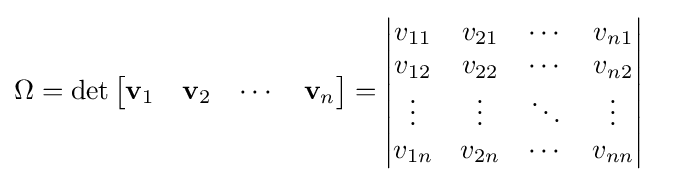
{\begin{aligned}\Omega &=\det {\begin{bmatrix}\mathbf {v} _{1}&\mathbf {v} _{2}&\cdots &\mathbf {v} _{n}\end{bmatrix}}={\begin{vmatrix}v_{11}&v_{21}&\cdots &v_{n1}\\v_{12}&v_{22}&\cdots &v_{n2}\\\vdots &\vdots &\ddots &\vdots \\v_{1n}&v_{2n}&\cdots &v_{nn}\\\end{vmatrix}}\end{aligned}}